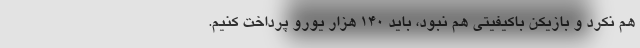
هم نکرد و بازیکن باکیفیتی هم نبود، باید ۱۴۰ هزار یورو پرداخت کنیم.